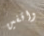
واقفين